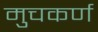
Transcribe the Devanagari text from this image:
मुचकर्ण